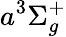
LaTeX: a^{3}\Sigma_{g}^{+}